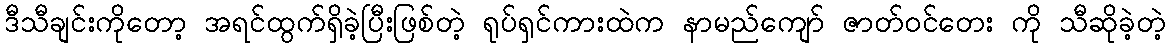
ဒီသီချင်းကိုတော့ အရင်ထွက်ရှိခဲ့ပြီးဖြစ်တဲ့ ရုပ်ရှင်ကားထဲက နာမည်ကျော် ဇာတ်ဝင်တေး ကို သီဆိုခဲ့တဲ့